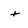
Character: t